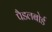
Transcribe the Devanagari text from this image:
पैडलबोर्ड